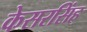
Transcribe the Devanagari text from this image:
केसरसिंह